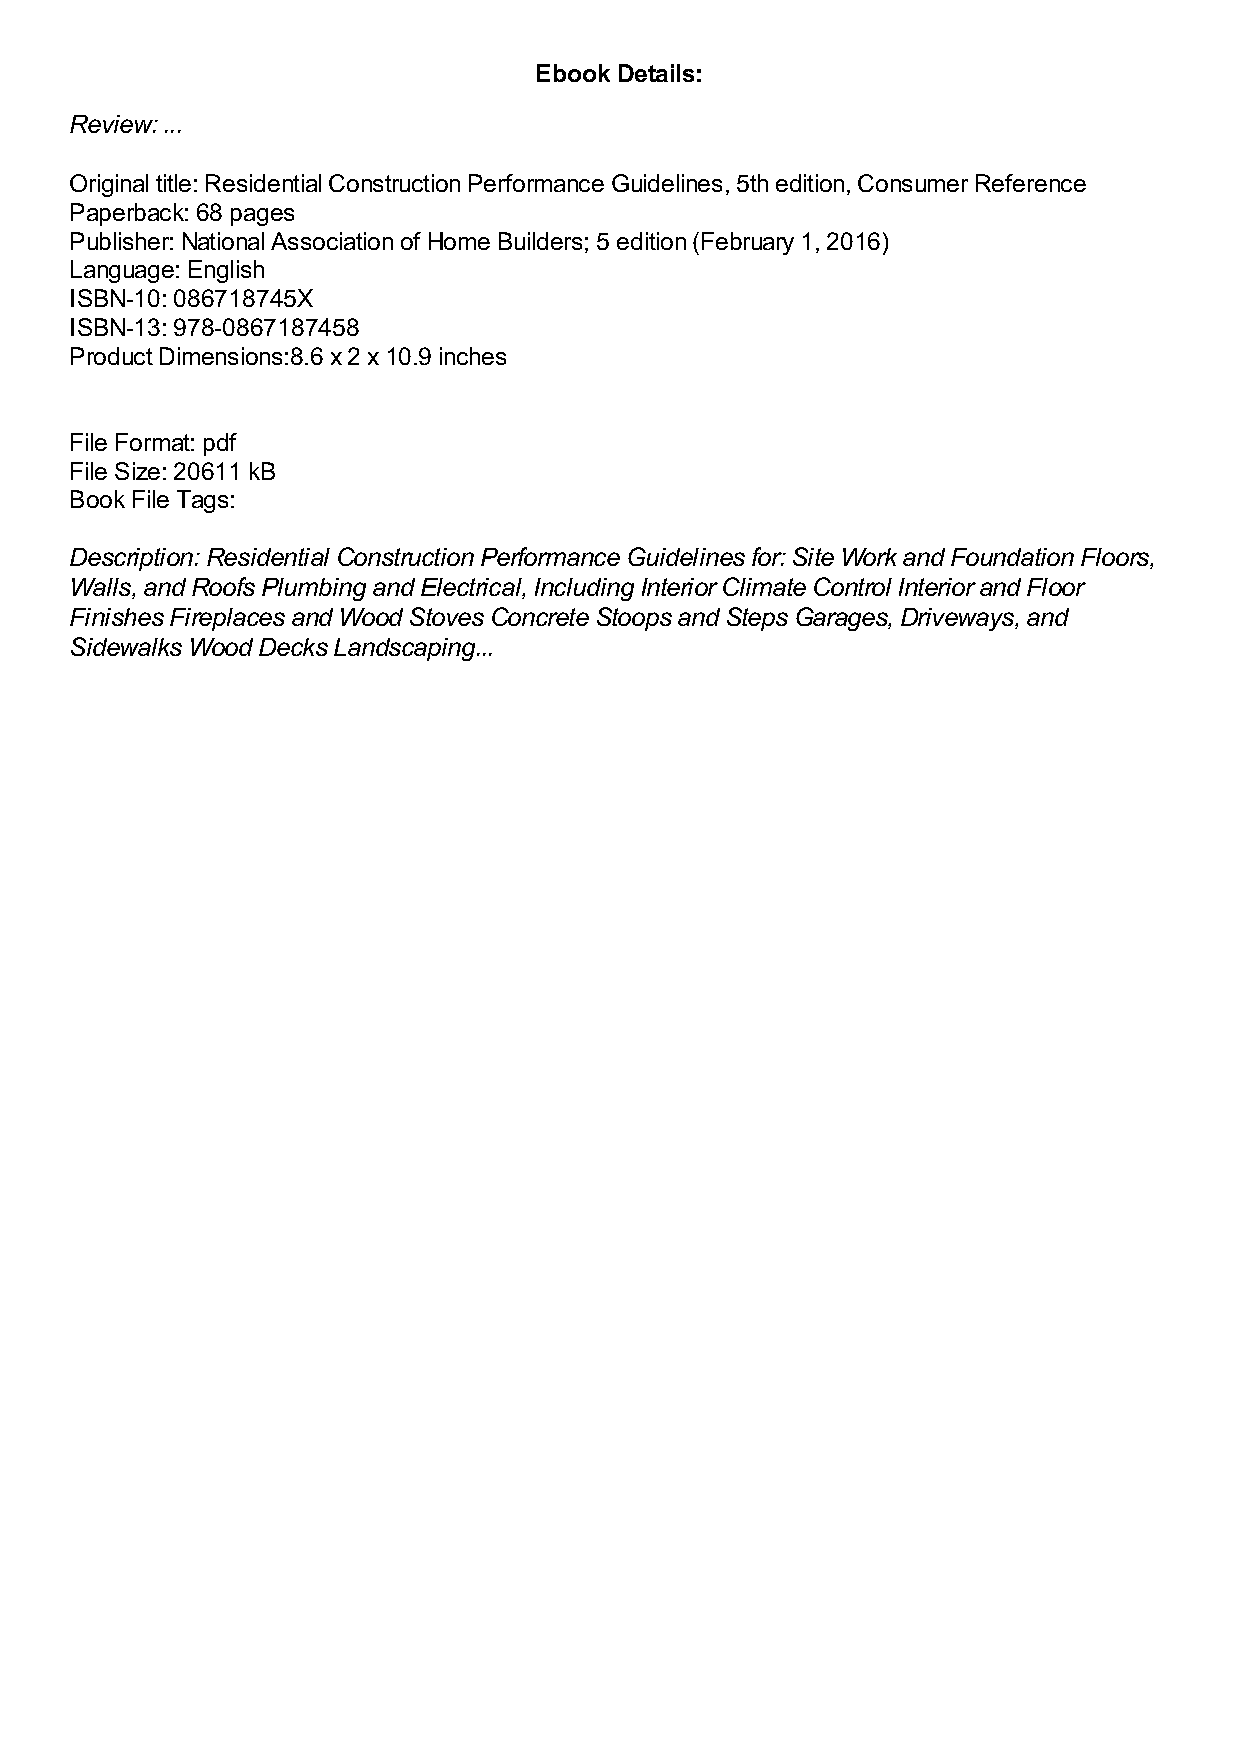
Ebook Details:
 Review: ...
 Original title: Residential Construction Performance Guidelines, 5th edition, Consumer Reference
 Paperback: 68 pages
 Publisher: National Association of Home Builders; 5 edition (February 1, 2016)
 Language: English
 ISBN-10: 086718745X
 ISBN-13: 978-0867187458
 Product Dimensions:8.6 x 2 x 10.9 inches
 File Format: pdf
 File Size: 20611 kB
 Book File Tags:
 Description: Residential Construction Performance Guidelines for: Site Work and Foundation Floors,
 Walls, and Roofs Plumbing and Electrical, Including Interior Climate Control Interior and Floor
 Finishes Fireplaces and Wood Stoves Concrete Stoops and Steps Garages, Driveways, and
 Sidewalks Wood Decks Landscaping...